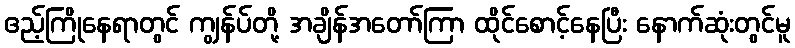
ဧည့်ကြိုနေရာတွင် ကျွန်ပ်တို့ အချိန်အတော်ကြာ ထိုင်စောင့်နေပြီး နောက်ဆုံးတွင်မူ